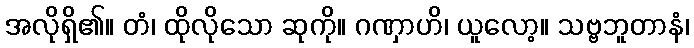
အလိုရှိ၏။ တံ၊ ထိုလိုသော ဆုကို။ ဂဏှာဟိ၊ ယူလော့။ သဗ္ဗဘူတာနံ၊